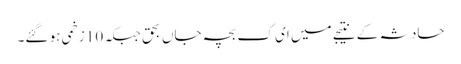
حادثہ کے نتیجے میں ای ک بچہ جاں بحق جبکہ 10 زخمی ہو گئے۔